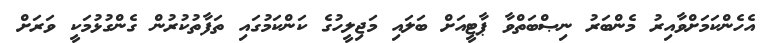
އެހެންކަމަށްވާއިރު މެންބަރު ނިޞްބަތްވާ ޕާޓީއަށް ބަލައި މަޖިލީހުގެ ކަންކަމުގައި ތަފާތުކުރުން ގެންގުޅުމަކީ ވަރަށް